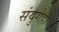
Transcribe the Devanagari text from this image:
संयुगेही